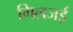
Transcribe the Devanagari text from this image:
गिलजई